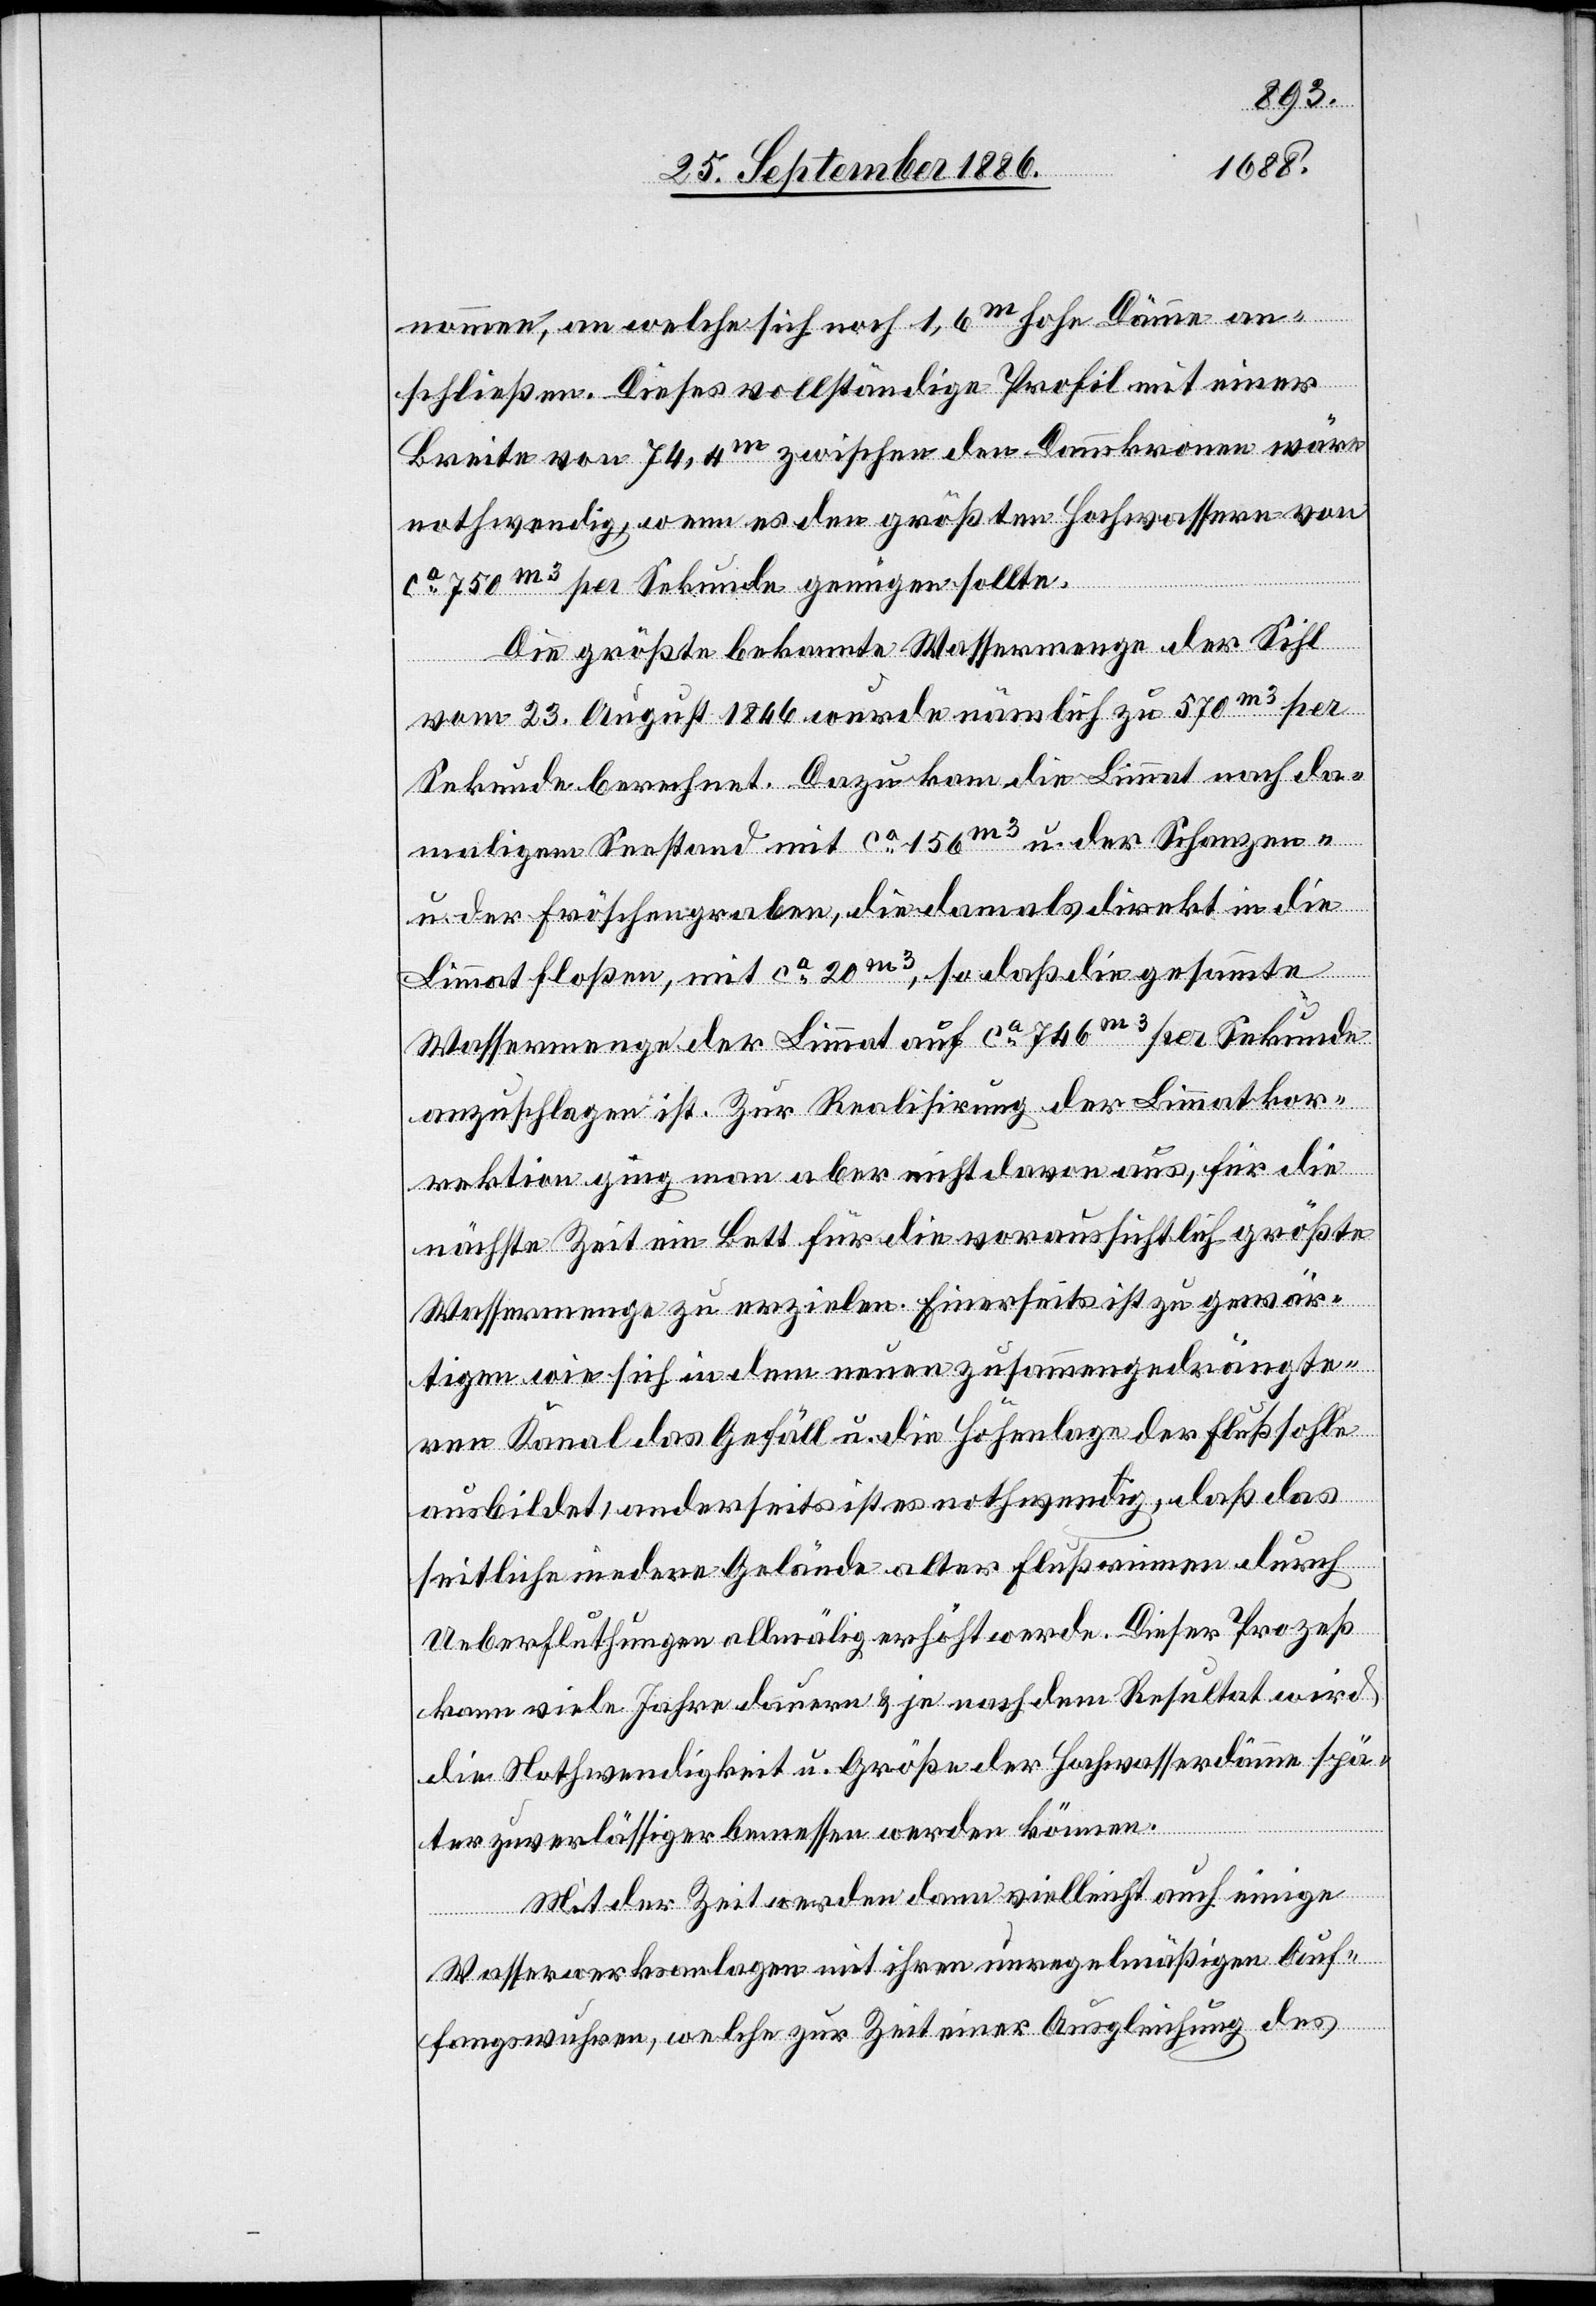
nommen, an welche sich noch 1,6m hohe Dämme an¬
schließen. Dieses vollständige Profil mit einer
Breite von 74,4m zwischen den Dammkronen wäre
nothwendig, wenn es den größten Hochwassern von
ca 750m3 per Sekunde genügen sollte.
Die größte bekannte Wassermenge der Sihl
vom 23. August 1846 wurde nämlich zu 570m3 per
Sekunde berechnet. Dazu kam die Limmat nach da¬
maligem Seestand mit ca 156m3 u. der Schanzen-
u. der Fröschengraben, die damals direkt in die
Limmat floßen, mit ca 20m3, so daß die gesammte
Wassermenge der Limmat auf ca 746m3 per Sekunde
anzuschlagen ist. Zur Realisirung der Limmatkor¬
rektion ging man aber nicht davon aus, für die
nächste Zeit ein Bett für die voraussichtlich größte
Wassermenge zu erzielen. Einerseits ist zu gewär¬
tigen wie sich in dem neuen zusammengedrängte¬
ren Kanal das Gefäll u. die Höhenlage der Flußsohle
ausbildet, anderseits ist es nothwendig, daß das
seitliche niedere Gelände alter Flußrinnen durch
Ueberfluthungen allmälig erhöht werde. Dieser Prozeß
kann viele Jahre dauern & je nach dem Resultat wird
die Nothwendigkeit u. Größe der Hochwasserdämme spä¬
ter zuverlässiger bemessen werden können.
Mit der Zeit werden dann vielleicht auch einige
Wasserwerksanlagen mit ihren unregelmäßigen Auf¬
fangswuhren, welche zur Zeit einer Ausgleichung des